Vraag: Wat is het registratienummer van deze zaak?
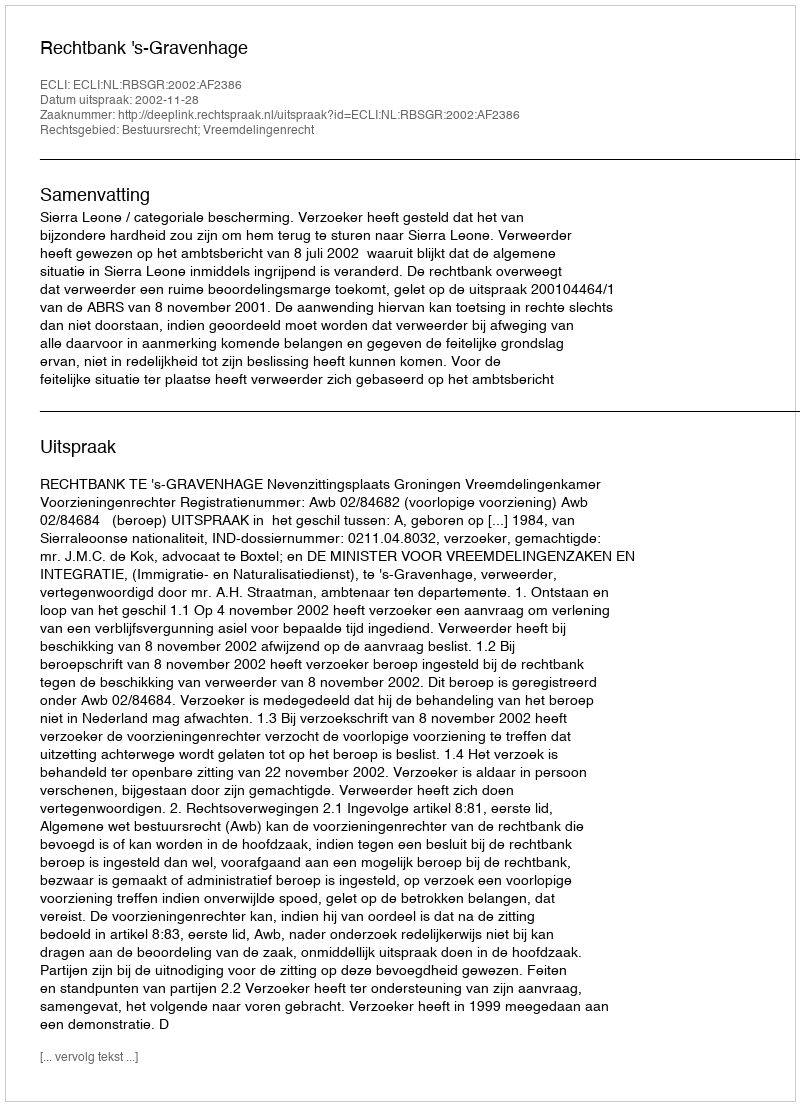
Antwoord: http://deeplink.rechtspraak.nl/uitspraak?id=ECLI:NL:RBSGR:2002:AF2386